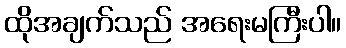
ထိုအချက်သည် အရေးမကြီးပါ။